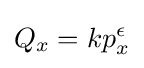
Q_{x}=kp_{x}^{\epsilon }